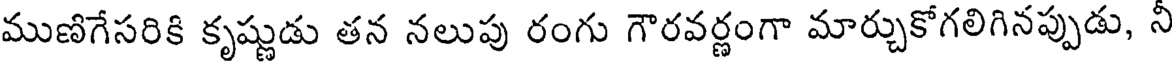
ముణిగేసరికి కృష్ణుడు తన నలుపు రంగు గౌరవర్ణంగా మార్చుకోగలిగినప్పుడు, నీ